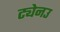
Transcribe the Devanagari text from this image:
ट्येनउ